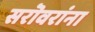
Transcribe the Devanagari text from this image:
सरॊवरांना